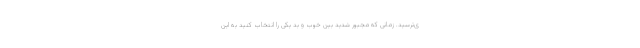
ی‌ترسید. زمانی که مجبور شدید بین خوب و بد یکی را انتخاب کنید به این